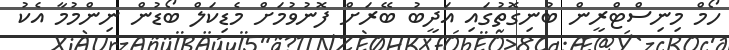
ހޯމް މިނިސްޓްރީން ބުނިގޮތުގައި އަދީބު ބޭރަށް ފޮނުވުމަށް މެޑިކަލް ބޯޑުން ނިންމުމާ އެކު